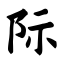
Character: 际